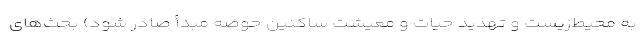
به محیط‌زیست و تهدید حیات و معیشت ساکنین حوضه مبدأ صادر شود) بحث‌های